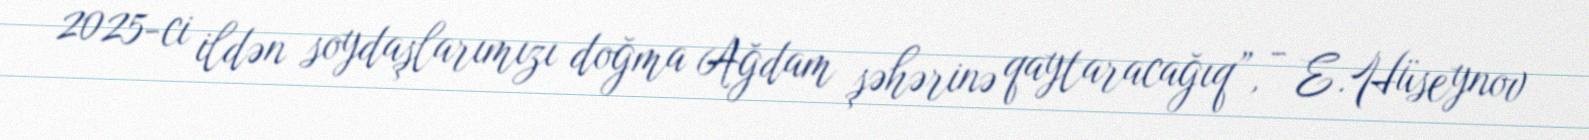
2025-ci ildən soydaşlarımızı doğma Ağdam şəhərinə qaytaracağıq”, - E.Hüseynov